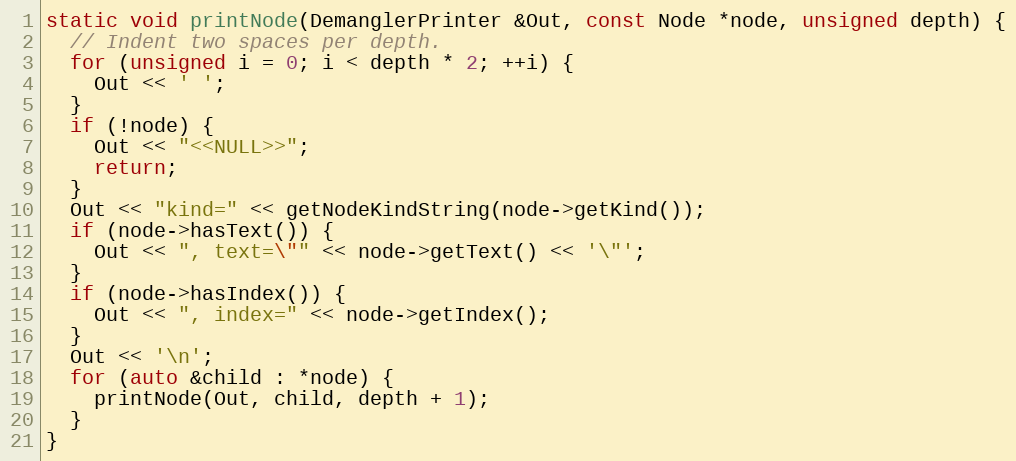
Language: C++
static void printNode(DemanglerPrinter &Out, const Node *node, unsigned depth) {
  // Indent two spaces per depth.
  for (unsigned i = 0; i < depth * 2; ++i) {
    Out << ' ';
  }
  if (!node) {
    Out << "<<NULL>>";
    return;
  }
  Out << "kind=" << getNodeKindString(node->getKind());
  if (node->hasText()) {
    Out << ", text=\"" << node->getText() << '\"';
  }
  if (node->hasIndex()) {
    Out << ", index=" << node->getIndex();
  }
  Out << '\n';
  for (auto &child : *node) {
    printNode(Out, child, depth + 1);
  }
}